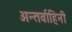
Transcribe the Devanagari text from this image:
अन्तर्वाहिनी